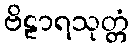
ဗိဠာရသုတ္တံ